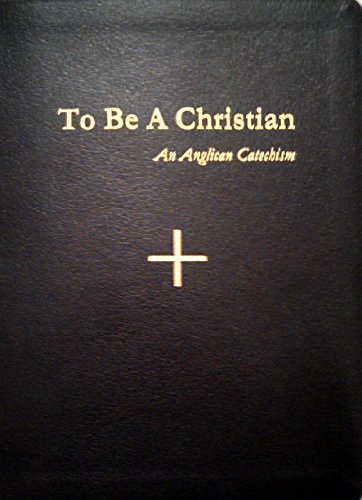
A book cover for To Be A Christian: An Anglican Catechism; Catechesis Task Force Anglican Church in North America; Christian Books & Bibles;